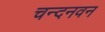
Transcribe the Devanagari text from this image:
चन्दनवन